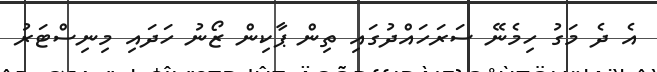
އެ ދެ މަގު ހިމެނޭ ސަރަހައްދުގައި ތިން ޕާކިން ޒޯނު ހަދައި މިނިސްޓަރު